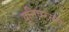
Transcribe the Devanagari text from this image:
यूनिवरसल